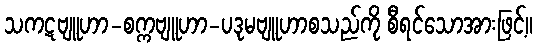
သကဋဗျူဟာ-စက္ကဗျူဟာ-ပဒုမဗျူဟာစသည်ကို စီရင်သောအားဖြင့်။